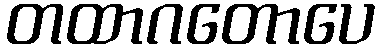
တထာဂတောပေ